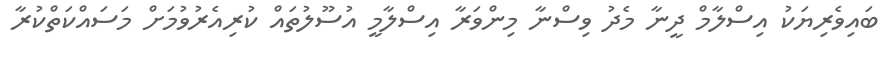
ބައިވެރިޔަކު އިސްލާމް ދީނާ މެދު ވިސްނާ މިންވަރާ އިސްލާމީ އުސޫލުތައް ކުރިއެރުވުމަށް މަަސައްކަތްކުރާ